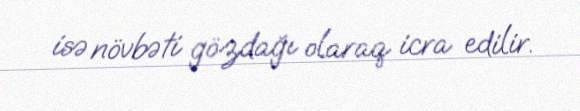
isə növbəti gözdağı olaraq icra edilir.